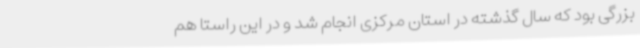
بزرگی بود که سال گذشته در استان مرکزی انجام شد و در این راستا هم